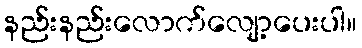
နည်းနည်းလောက်လျော့ပေးပါ။